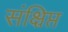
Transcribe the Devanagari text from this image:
संक्ष्रिप्त